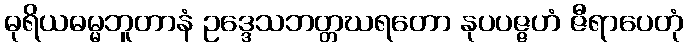
ဓုရိယဓမ္မဘူတာနံ ဥဒ္ဒေသဘတ္တဃရတော နုပပဇ္ဇဟံ ဇီရာပေတုံ